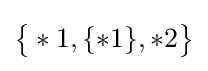
{\big \{}*1,\{*1\},*2{\big \}}